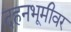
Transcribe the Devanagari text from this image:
दहनभूमीवर